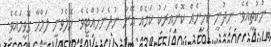
ނުކުތީއެވެ. ނިދުނީ ކިހިނެއް ކޮންއިރަކު ކަމެއް އޭނާ ނުދެނަހުއްޓެވެ. ހޭލެވުނީ ލަމްހާ ގޮވީމައެވެ.